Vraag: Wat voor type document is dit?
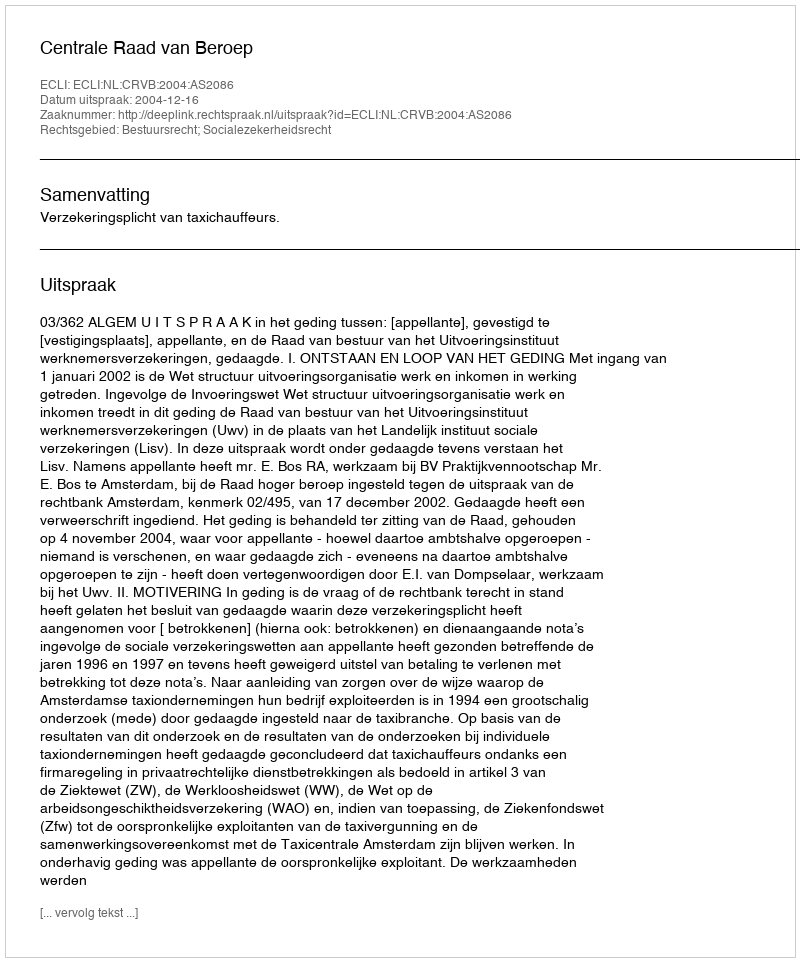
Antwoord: Uitspraak